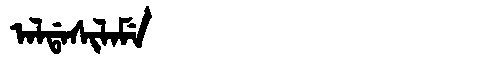
Manchu: ᠠᠯᡩᠠᠰᡳᠯᠠᠮᡝ
Romanization: ALDASILAME